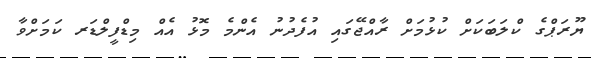
ޔޫރަޕްގެ ކްލަބަކަށް ކުޅުމަށް ރާއްޖޭގައި އުފެދުނު އެންމެ މޮޅު އެއް މިޑްފީލްޑަރ ކަމަށްވާ